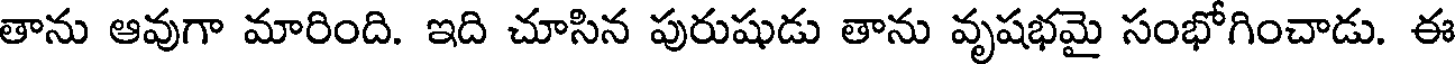
తాను ఆవుగా మారింది. ఇది చూసిన పురుషుడు తాను వృషభమై సంభోగించాడు. ఈ